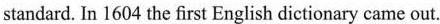
standard. In 1604 the first English dictionary came out.